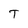
Character: T